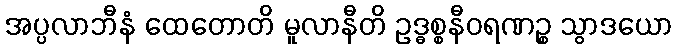
အပ္ပလာဘီနံ ထေတောတိ မူလာနီတိ ဥဒ္ဓစ္စနီဝရဏဉ္စ သွာဒယော